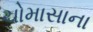
ચોમાસાના